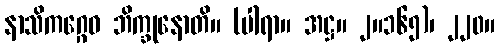
နာသိကဂ္ဂေဝ ဘိက္ခုနောတိ။ (ပါရာ။ အဋ္ဌ။ ၂။၁၆၅)၊ ၂၂၀။